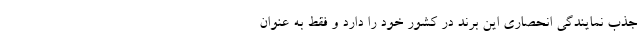
جذب نمایندگی انحصاری این برند در کشور خود را دارد و فقط به عنوان